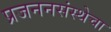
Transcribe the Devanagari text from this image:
प्रजननसंस्थेचा